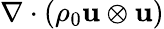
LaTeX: \nabla\cdot(\rho_{0}\mathbf{u}\otimes\mathbf{u})